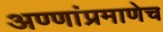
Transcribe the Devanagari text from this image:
अण्णांप्रमाणेच